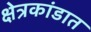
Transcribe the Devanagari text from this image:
क्षेत्रकांडात